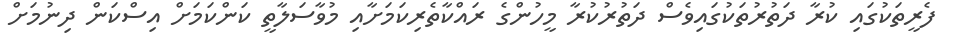
ފެރީތަކުގައި ކުރާ ދަތުރުތަކުގައިވެސް ދަތުރުކުރާ މީހުންގެ ރައްކާތެރިކަމަށާއި މުވާސަލާތީ ކަންކަމަށް އިސްކަން ދިނުމަށް